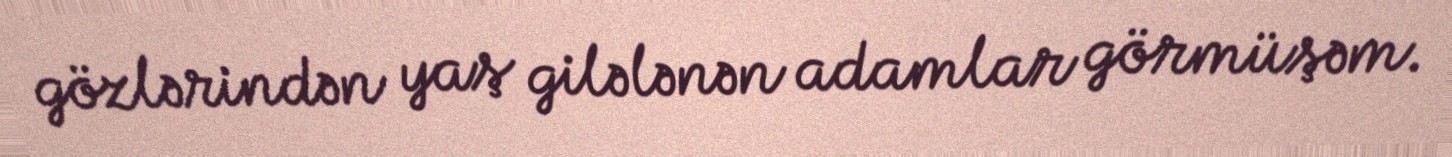
gözlərindən yaş gilələnən adamlar görmüşəm.